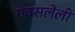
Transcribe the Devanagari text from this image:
गवसलेली